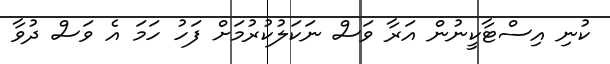
ކުނި އިސްޓާކީނުން އަރާ ވަސް ނަކަލުކުރުމަށް ފަހު ހަމަ އެ ވަސް ދުވާ